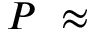
P ~ \approx